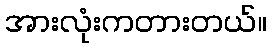
အားလုံးကတားတယ်။